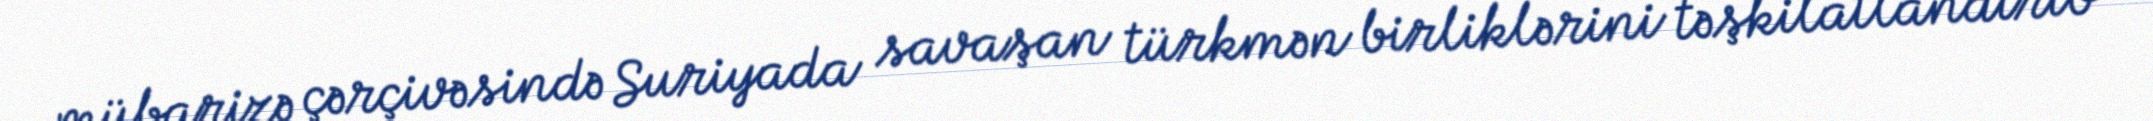
mübarizə çərçivəsində Suriyada savaşan türkmən birliklərini təşkilatlandırıb